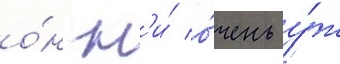
о́н н'и́ о́чень у́ж